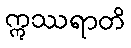
ဣဿရာတိ